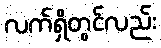
လက်ရှိတွင်လည်း